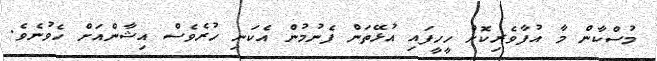
މުސްކާން މާ އުފާވެރިކޮށް ހީހީފައި އުޅޭތަން ފެނުމުން އެކަނި ހުރެވެސް އިޝާންއަށް ހެވުނެވެ.